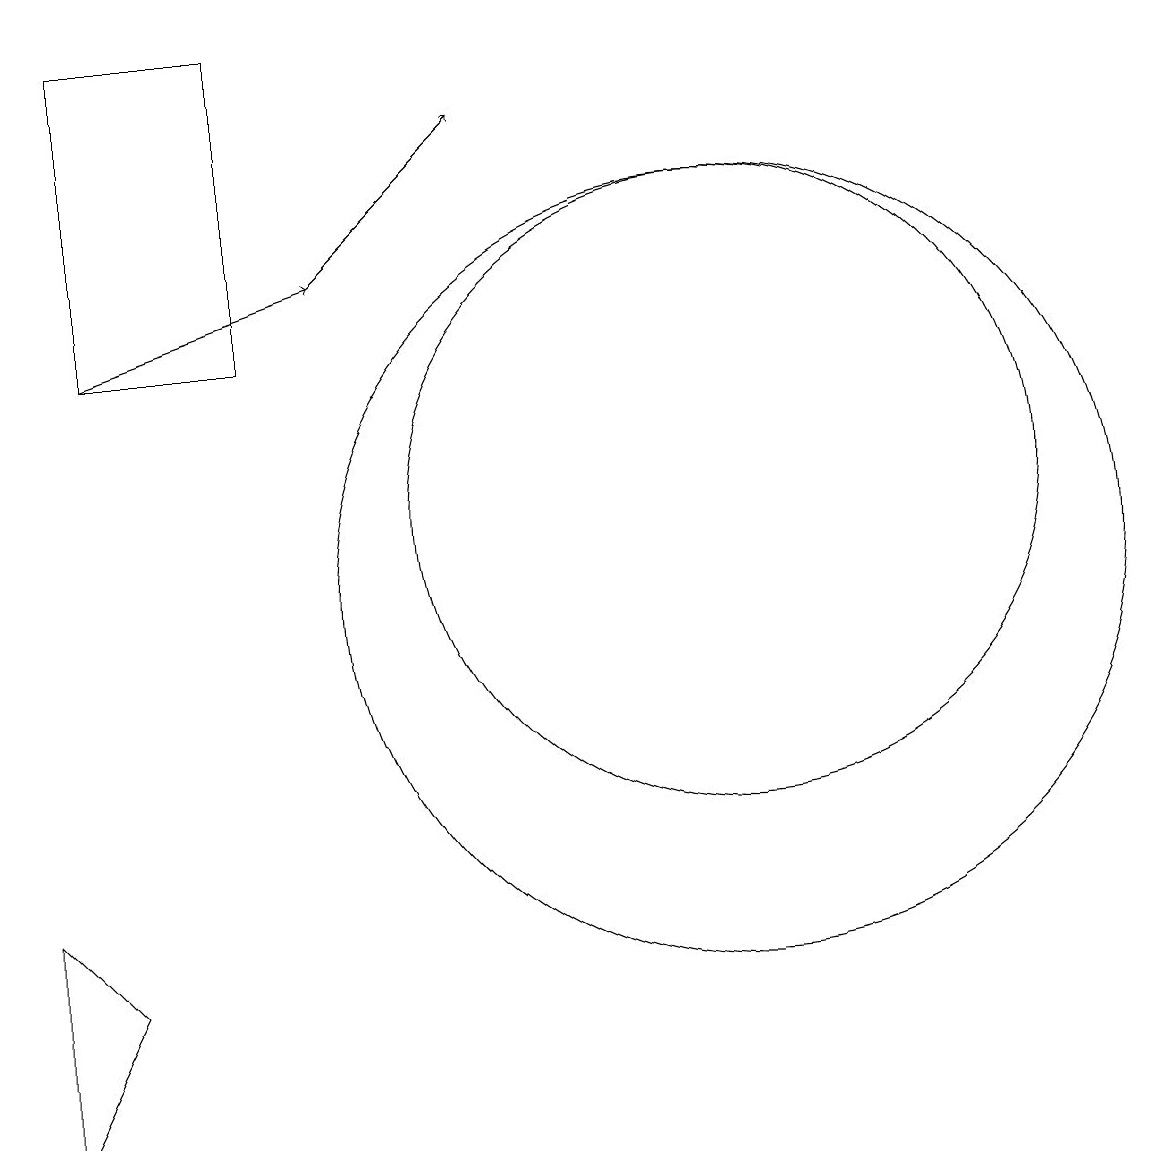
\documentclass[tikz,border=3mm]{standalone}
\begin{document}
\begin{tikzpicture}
\draw (10,10) circle (5);
\draw (10,11) circle (4);
\draw[->] (5,14) -- (7,16);
\draw (1,6) -- (1,3) -- (2,5) -- cycle;
\draw[->] (2,13) -- (5,14);
\draw (2,17) rectangle (4,13);
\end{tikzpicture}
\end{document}